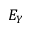
E _ { Y }